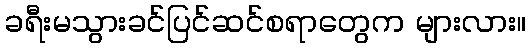
ခရီးမသွားခင်ပြင်ဆင်စရာတွေက များလား။